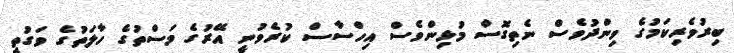
ބިރުވެރިކަމުގެ ވިންދުވެސް ނެތިގޮސް މުޅިންވެސް އިހްސާސް ކުރެވުނީ އޭރުގެ މަސްތުގެ ހާލަތުގެ ވަގުތީ